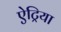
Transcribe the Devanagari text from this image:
ऐट्रिया